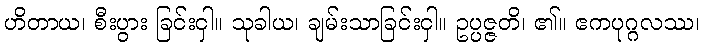
ဟိတာယ၊ စီးပွား ခြင်းငှါ။ သုခါယ၊ ချမ်းသာခြင်းငှါ။ ဥပ္ပဇ္ဇတိ၊ ၏။ ဧကပုဂ္ဂလဿ၊